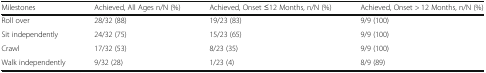
| Milestones | Achieved, All Ages n/N (%) | Achieved, Onset ≤12 Months, n/N (%) | Achieved, Onset > 12 Months, n/N (%) |
 | --- | --- | --- | --- |
 | Roll over | 28/32 (88) | 19/23 (83) | 9/9 (100) |
 | Sit independently | 24/32 (75) | 15/23 (65) | 9/9 (100) |
 | Crawl | 17/32 (53) | 8/23 (35) | 9/9 (100) |
 | Walk independently | 9/32 (28) | 1/23 (4) | 8/9 (89) |